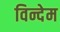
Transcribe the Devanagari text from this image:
विन्देम